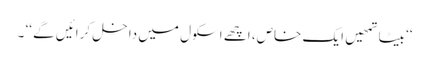
‘‘ بیٹا تمھیں ایک خاص، اچھے اسکول میں داخل کرائیں گے ‘‘ ۔